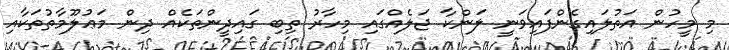
މި މީހުން އަތުލައިގެންފައިވަނީ ލަންކާ ޖަލެއްގައި މިހާރު ތިބި ގައިދީންތަކެއް ދިން މަޢުލޫމާތުތަކާއި